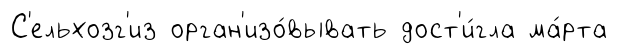
С'ельхозг'из орган'изо́вывать дост'и́гла ма́рта